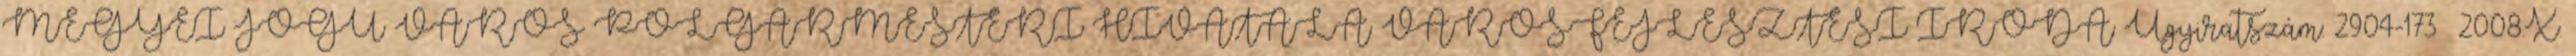
MEGYEI JOGÚ VÁROS POLGÁRMESTERI HIVATALA VÁROSFEJLESZTÉSI IRODA Ügyiratszám: 2904-173 2008.X.